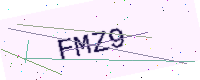
Text: FMZ9